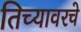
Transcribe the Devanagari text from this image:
तिच्यावरचे